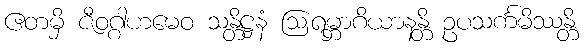
ဧတမှိ ဇီဝဂ္ဂါဟမေဝ သန္တိဋ္ဌနံ ဩရမ္ဘာဂိယာနန္တိ ဥပသင်္ကမိဿန္တိ